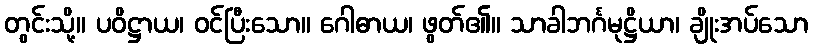
တွင်းသို့။ ပဝိဋ္ဌာယ၊ ဝင်ပြီးသော။ ဂေါဓာယ၊ ဖွတ်၏။ သာခါဘင်္ဂမုဋ္ဌိယာ၊ ချိုးအပ်သော